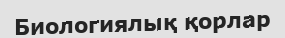
Биологиялық қорлар